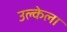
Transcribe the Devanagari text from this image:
उल्केला